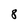
Character: 8